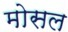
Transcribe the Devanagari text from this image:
मोसल